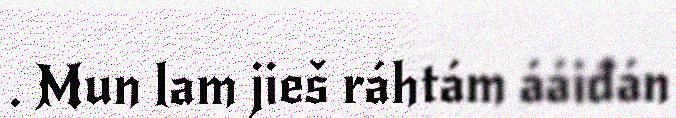
. Mun lam jieš ráhtám ááiđán